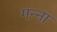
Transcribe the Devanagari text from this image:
गन्‍ना